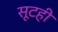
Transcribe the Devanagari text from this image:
सूटही